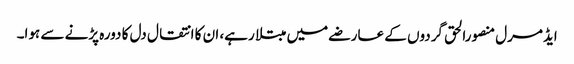
ایڈمرل منصورالحق گردوں کے عارضے میں مبتلا رہے، ان کا انتقال دل کا دورہ پڑنے سے ہوا۔